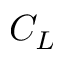
C _ { L }